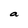
Character: a